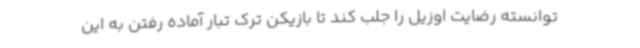
توانسته رضایت اوزیل را جلب کند تا بازیکن ترک تبار آماده رفتن به این